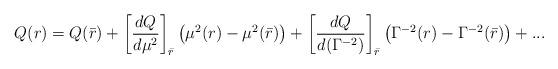
LaTeX: \begin{align*}Q(r)=Q(\bar r)+\left[{dQ\over d\mu^2}\right]_{\bar r}\left(\mu^2(r)-\mu^2(\bar r)\right)+\left[{dQ\over d(\Gamma^{-2})}\right]_{\bar r}\left(\Gamma^{-2}(r)-\Gamma^{-2}(\bar r)\right)+... \end{align*}